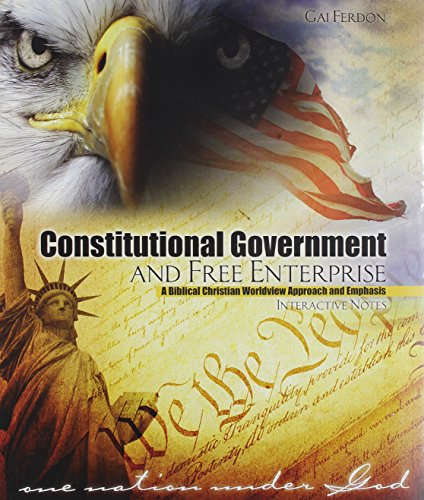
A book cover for Constitutional Government and Free Enterprise: A Biblical Christian Worldview Approach and Emphasis Interactive Notes; FERDON  GAI; Business & Money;